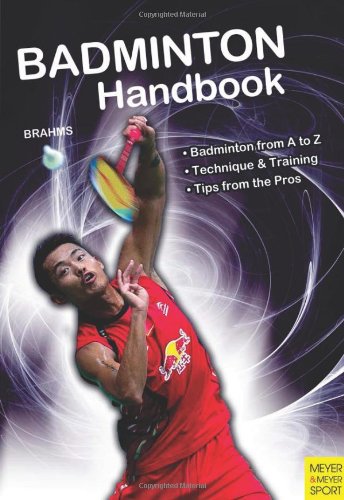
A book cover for Badminton Handbook (Meyer & Meyer Sport); Bernd-Volker Brahms; Sports & Outdoors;